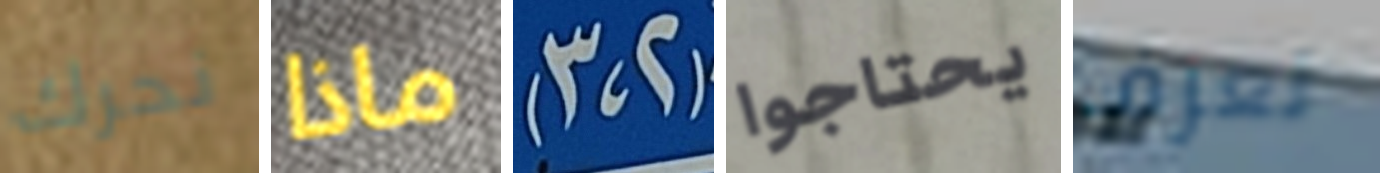
نحرك ماذا (2،3) يحتاجوا تعرف